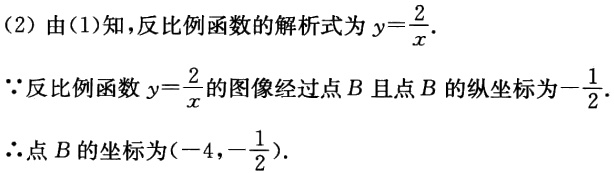
（2）由（1）知，反比例函数的解析式为\(y = \frac{2}{x}\).
\(\because\)反比例函数\(y = \frac{2}{x}\)的图像经过点\(B\)且点\(B\)的纵坐标为\(-\frac{1}{2}\).
\(\therefore\)点\(B\)的坐标为\(( - 4,-\frac{1}{2})\).